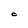
Character: C